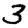
Digit: 3